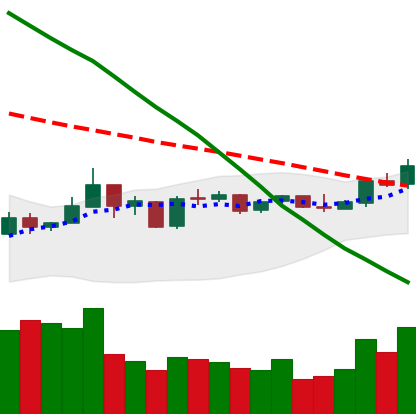
Ticker: NEO-USD
Chart end date: 2019-01-08
Forward return: -21.365%
Label: down_7plus